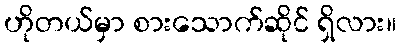
ဟိုတယ်မှာ စားသောက်ဆိုင် ရှိလား။